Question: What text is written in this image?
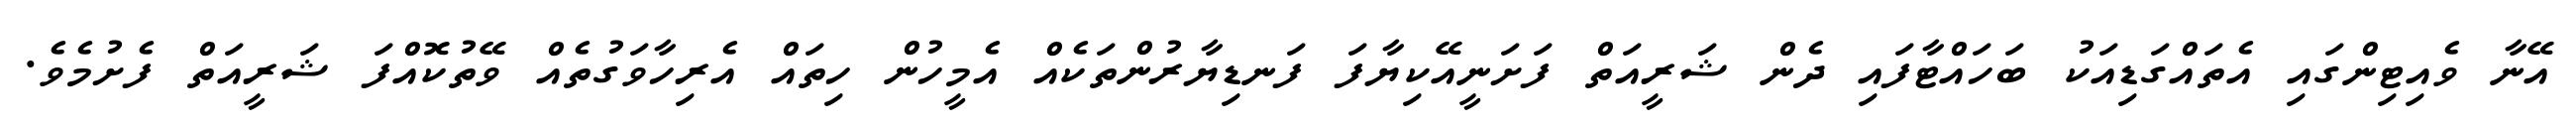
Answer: އޭނާ ވެއިޓިންގައި އެތައްގަޑިއަކު ބަހައްޓާފައި ދެން ޝަރީއަތް ފަށަނީއޭކިޔާފަ ފަނޑިޔާރުންތަކެއް އެމީހުން ހިތައް އެރިހާވަގުތެއް ވޭތުކޮއްފަ ޝަރީއަތް ފެށުމެވެ.